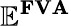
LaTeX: \mathbf{\mathbb{E}^{FVA}}